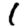
Digit: 1